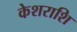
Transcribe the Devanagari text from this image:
केशराशि